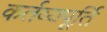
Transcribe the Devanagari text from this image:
कर्तव्यपूर्ति